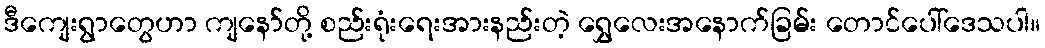
ဒီကျေးရွာတွေဟာ ကျနော်တို့ စည်းရုံးရေးအားနည်းတဲ့ ရွှေလေးအနောက်ခြမ်း တောင်ပေါ်ဒေသပါ။